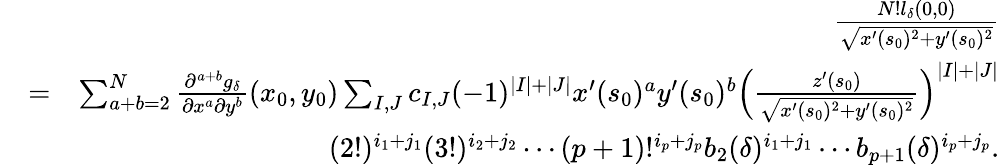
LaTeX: \begin{array}{rlr}&{}&{\frac{N!l_{\delta}(0,0)}{\sqrt{x^{\prime}(s_{0})^{2}+y^{\prime}(s_{0})^{2}}}}\\ &{=}&{\sum_{a+b=2}^{N}\frac{\partial^{a+b}g_{\delta}}{\partial x^{a}\partial y^{b}}(x_{0},y_{0})\sum_{I,J}c_{I,J}(-1)^{|I|+|J|}x^{\prime}(s_{0})^{a}y^{\prime}(s_{0})^{b}\left(\frac{z^{\prime}(s_{0})}{\sqrt{x^{\prime}(s_{0})^{2}+y^{\prime}(s_{0})^{2}}}\right)^{|I|+|J|}}\\ &{}&{(2!)^{i_{1}+j_{1}}(3!)^{i_{2}+j_{2}}\cdots(p+1)!^{i_{p}+j_{p}}b_{2}(\delta)^{i_{1}+j_{1}}\cdots b_{p+1}(\delta)^{i_{p}+j_{p}}.}\end{array}